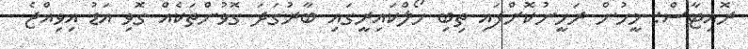
ރޮއިޓާސް: މީހުން ރަހީނުކޮށްފައި ތިބި ހޯލްކައިރީގައި ބާރުގަދަ ގޮވުންތަކެއް ގޮވި އަޑު އިވިއްޖެ.